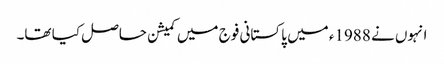
انہوں نے 1988ء میں پاکستانی فوج میں کمیشن حاصل کیا تھا۔